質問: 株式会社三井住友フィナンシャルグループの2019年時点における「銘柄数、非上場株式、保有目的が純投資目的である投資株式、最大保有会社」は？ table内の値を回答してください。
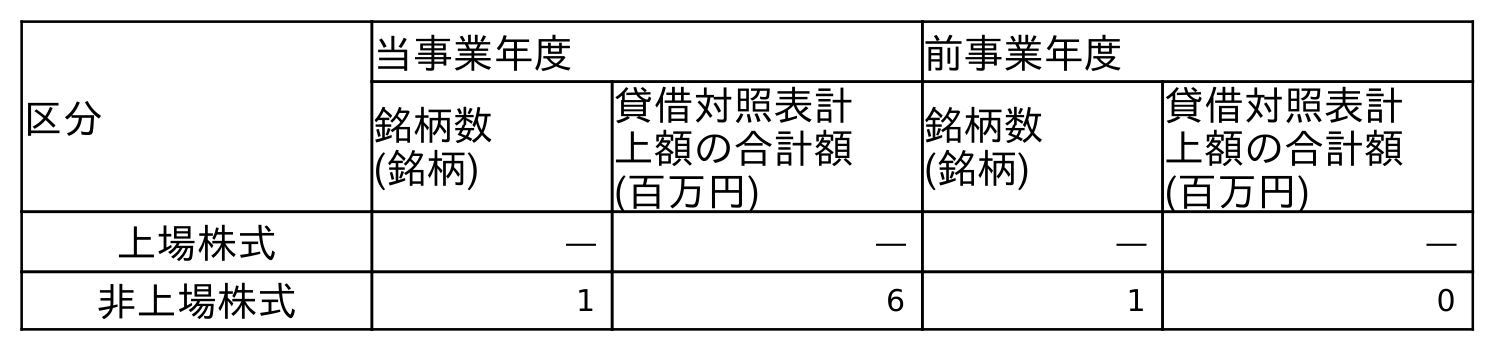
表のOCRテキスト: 区分 当事業年度 前事業年度 銘柄数 (銘柄) 貸借対照表計 上額の合計額 (百万円) 銘柄数 (銘柄) 貸借対照表計 上額の合計額 (百万円) 上場株式 ― ― ― ― 非上場株式 1 6 1 0
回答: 1